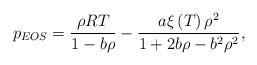
LaTeX: \begin{align*}{p_{EOS}} = \frac{{\rho RT}}{{1 - b\rho }} - \frac{{a\xi \left( T \right){\rho ^2}}}{{1 + 2b\rho - {b^2}{\rho ^2}}},\end{align*}